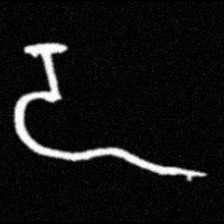
Pyu character \u2014 Myanmar letter: ဍ (romanized: dda)